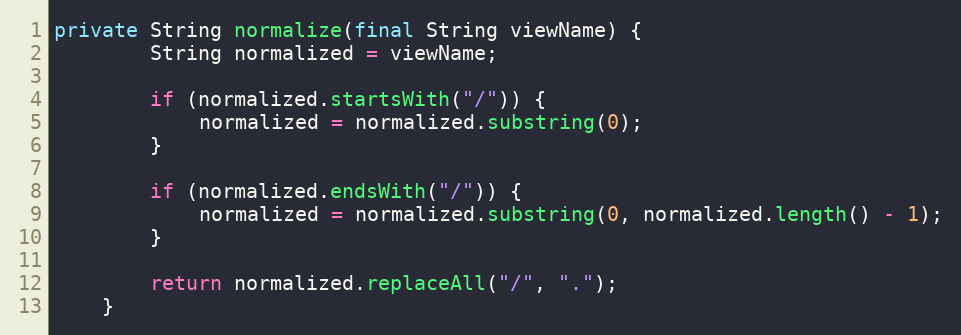
Language: Java
private String normalize(final String viewName) {
		String normalized = viewName;

		if (normalized.startsWith("/")) {
			normalized = normalized.substring(0);
		}

		if (normalized.endsWith("/")) {
			normalized = normalized.substring(0, normalized.length() - 1);
		}

		return normalized.replaceAll("/", ".");
	}